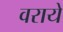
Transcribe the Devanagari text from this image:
वराये